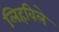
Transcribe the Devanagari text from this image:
लिहविले